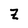
Character: Z